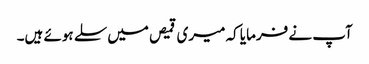
آپ نے فرمایا کہ میری قمیص میں سلے ہوئے ہیں۔